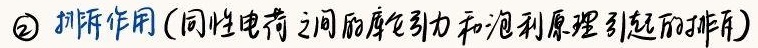
\textcircled{2} 排斥作用(同性电荷之间的库仑力和泡利原理引起的排斥)